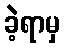
ခဲ့ရာမှ